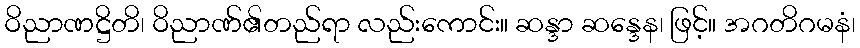
ဝိညာဏဋ္ဌိတိ၊ ဝိညာဏ်၏တည်ရာ လည်းကောင်း။ ဆန္ဒာ ဆန္ဒေန၊ ဖြင့်။ အဂတိဂမနံ၊